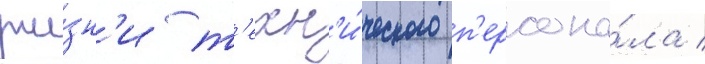
жи́зн'и т'ехн'и́ческого п'ерсона́ла /